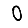
Digit: 0